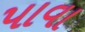
પાવા